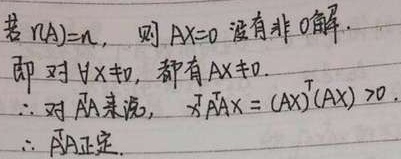
若\(r(A)=n\)，则\(AX = 0\)没有非\(0\)解。即对\(\forall X\neq0\)，都有\(AX\neq0\)。

\(\therefore\)对\(A^{T}A\)来说， 对\(\forall X\neq0\)，\(A^{T}AX = (AX)^{T}(AX)>0\)。

\(\therefore A^{T}A\)正定。